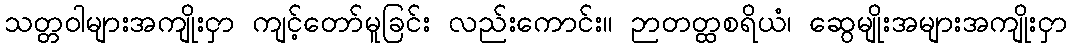
သတ္တဝါများအကျိုးငှာ ကျင့်တော်မူခြင်း လည်းကောင်း။ ဉာတတ္ထစရိယံ၊ ဆွေမျိုးအများအကျိုးငှာ